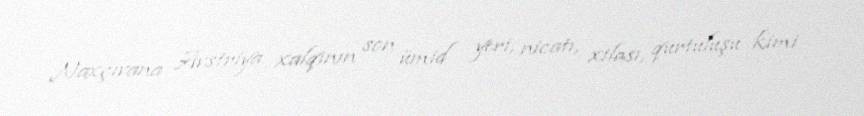
Naxçıvana Avstriya xalqının son ümid yeri, nicatı, xilası, qurtuluşu kimi